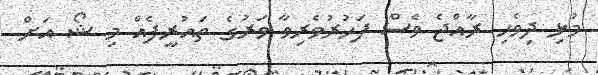
މުޅި ދިވެހި ރާއްޖެ ވެސް ފަހުރުވެރިވާ ވަރުގެ ތައުރީފެއް މި ޝޯ އަށް